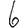
Digit: 6